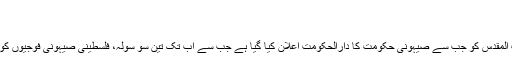
خبر کا کوڈ: ۲۹۳۲
تاریخ اشاعت: 21:36 - November 01, 2018
مقدس دفاع نیوز ایجنسی کی رپورٹ کے مطابق، بیت المقدس کو جب سے صیہونی حکومت کا دارالحکومت اعلان کیا گیا ہے جب سے اب تک تین سو سولہ، فلسطینی صیہونی فوجیوں کو ہاتھوں شہید ہوئے ہیں جن میں اڑسٹھ بچے شامل ہیں۔